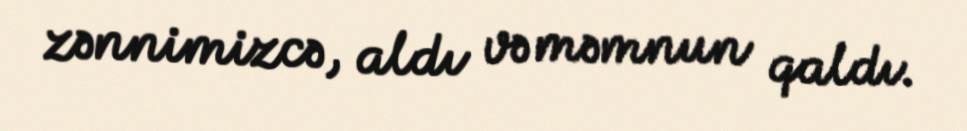
zənnimizcə, aldı və məmnun qaldı.